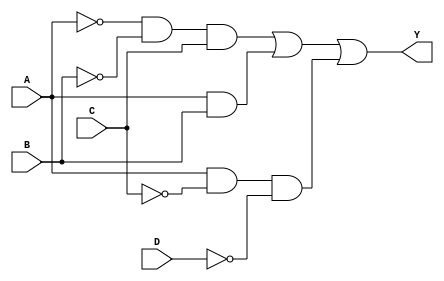
module sop_simplification (
    input wire A,    // Input variable A
    input wire B,    // Input variable B
    input wire C,    // Input variable C
    input wire D,    // Input variable D
    output wire Y    // Output representing the simplified SOP expression
);

// Internal signals for product terms
wire A_not, B_not, C_not, D_not;
wire term1, term2, term3;

// NOT gates for input inversions
not (A_not, A);
not (B_not, B);
not (C_not, C);
not (D_not, D);

// Product terms based on the simplified SOP expression
// term1 = A'B'C
and (term1, A_not, B_not, C);

// term2 = AB
and (term2, A, B);

// term3 = AC'D'
and (term3, A, C_not, D_not);

// Final output Y = term1 OR term2 OR term3
or (Y, term1, term2, term3);

endmodule